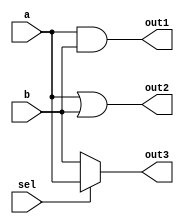
module combinational_logic (
    input wire [3:0] a,      // 4-bit input
    input wire [3:0] b,      // 4-bit input
    input wire sel,          // 1-bit selector input
    output reg [3:0] out1,   // 4-bit output for AND operation
    output reg [3:0] out2,   // 4-bit output for OR operation
    output reg [3:0] out3    // 4-bit output for MUX operation
);

always @(*) begin
    // Combinational logic for AND operation
    out1 = a & b;            // Bitwise AND of a and b

    // Combinational logic for OR operation
    out2 = a | b;            // Bitwise OR of a and b

    // Combinational logic for Multiplexer
    out3 = sel ? a : b;     // MUX: if sel is 1, output a; otherwise output b
end

endmodule